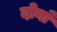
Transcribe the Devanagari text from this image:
दोनाँ